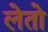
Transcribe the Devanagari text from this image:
लेतो